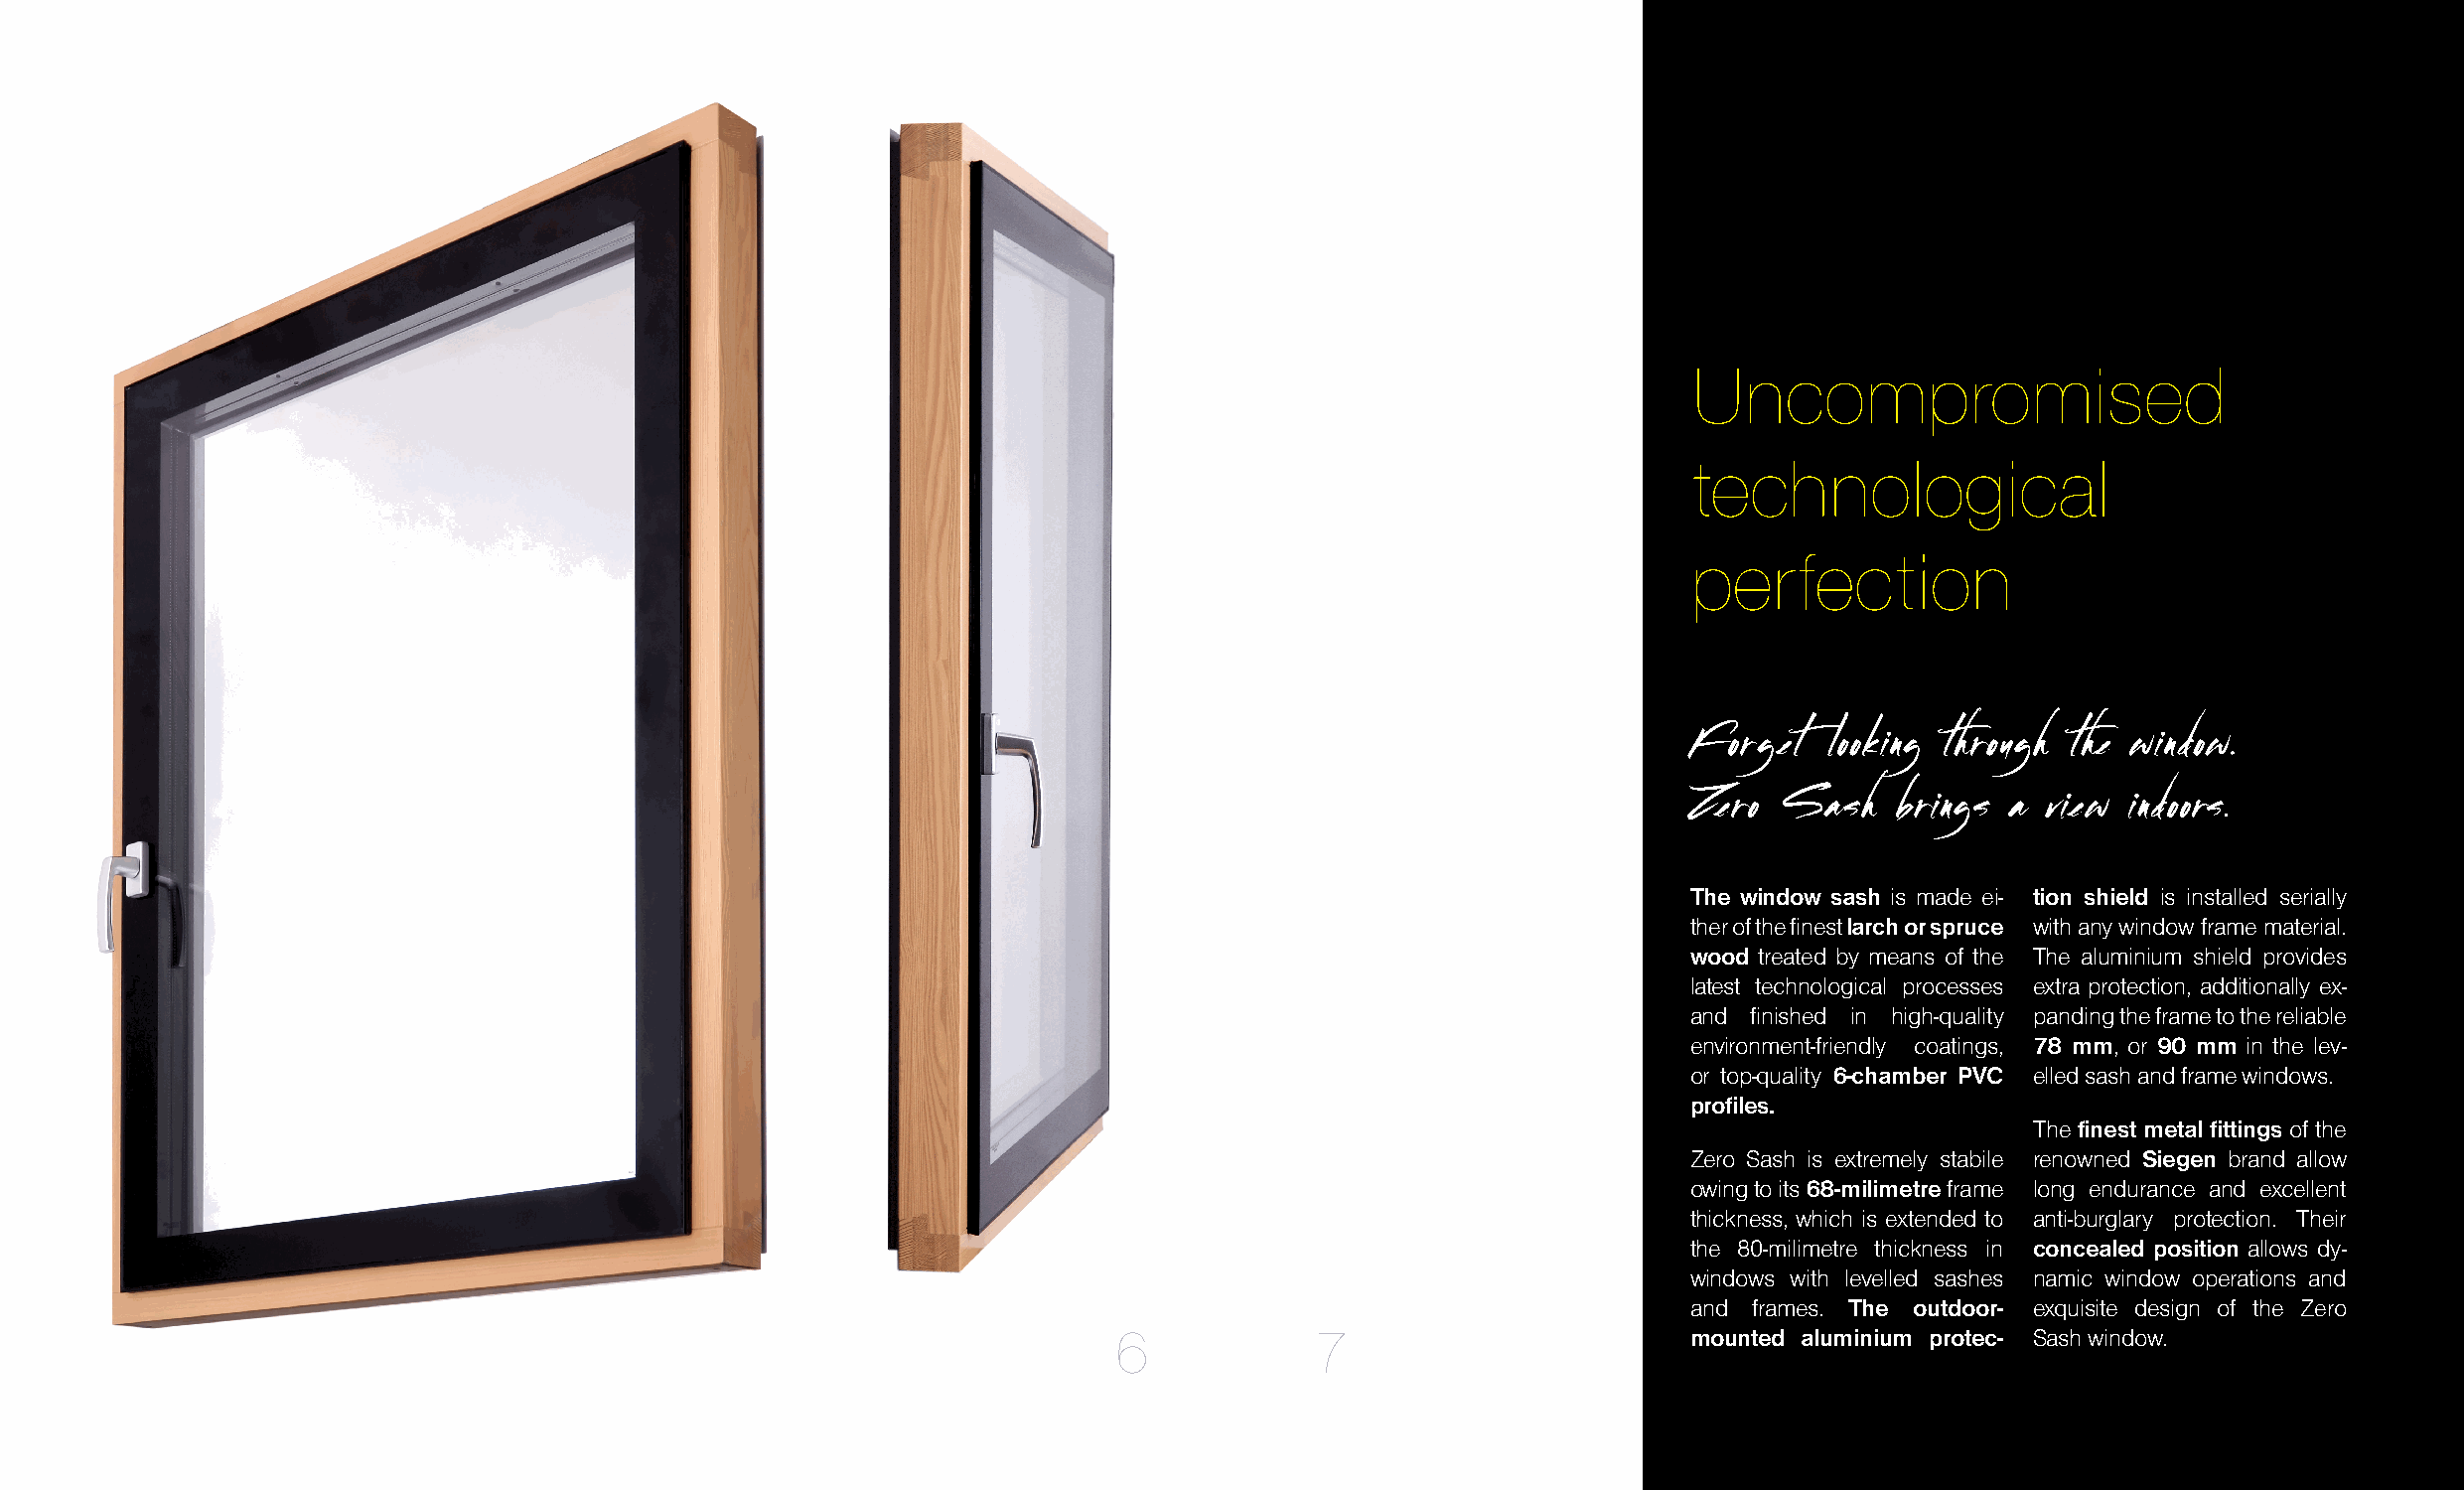
Uncompromised
 technological
 perfection
 Forget   looking through the window.
 Zero Sash    brings  a view  indoors.
 The window sash is made ei- tion shield is installed serially
 ther of the finest larch or spruce with any window frame material.
 wood treated by means of the The aluminium shield provides
 latest technological processes extra protection, additionally ex-
 and finished in high-quality panding the frame to the reliable
 environment-friendly coatings, 78 mm, or 90 mm in the lev-
 or top-quality 6-chamber PVC elled sash and frame windows.
 profiles.
 The finest metal fittings of the
 Zero Sash is extremely stabile renowned Siegen brand allow
 owing to its 68-milimetre frame long endurance and excellent
 thickness, which is extended to anti-burglary protection. Their
 the 80-milimetre thickness in concealed position allows dy-
 windows with levelled sashes namic window operations and
 and frames. The outdoor- exquisite design of the Zero
 6             7                        mounted aluminium protec- Sash window.